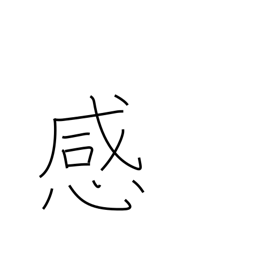
Meaning: feeling